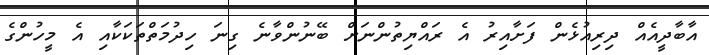
އާބާދީއެއް ދިރިއުޅެން ފަށާއިރު އެ ރައްޔިތުންނަށް ބޭނުންވާނެ ގިނަ ހިދުމަތްތަކަކާއި އެ މީހުންގެ